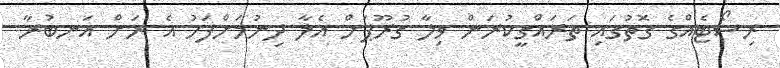
ރިސޯޓެއްގެ ގޮތުގައި ތަރައްގީކުރަން ވިލާ ގުރޫޕަށް އެލާ ދިނުމަށްފަހު އެ ރަށް އަނބުރާ